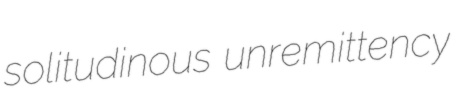
solitudinous unremittency